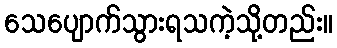
သေပျောက်သွားရသကဲ့သို့တည်း။